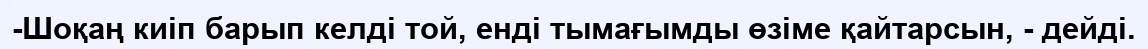
-Шоқаң киіп барып келді той, енді тымағымды өзіме қайтарсын, - дейді.